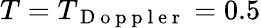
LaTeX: T=T_{\mathrm{~D~o~p~p~l~e~r~}}=0.5